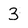
Character: 3